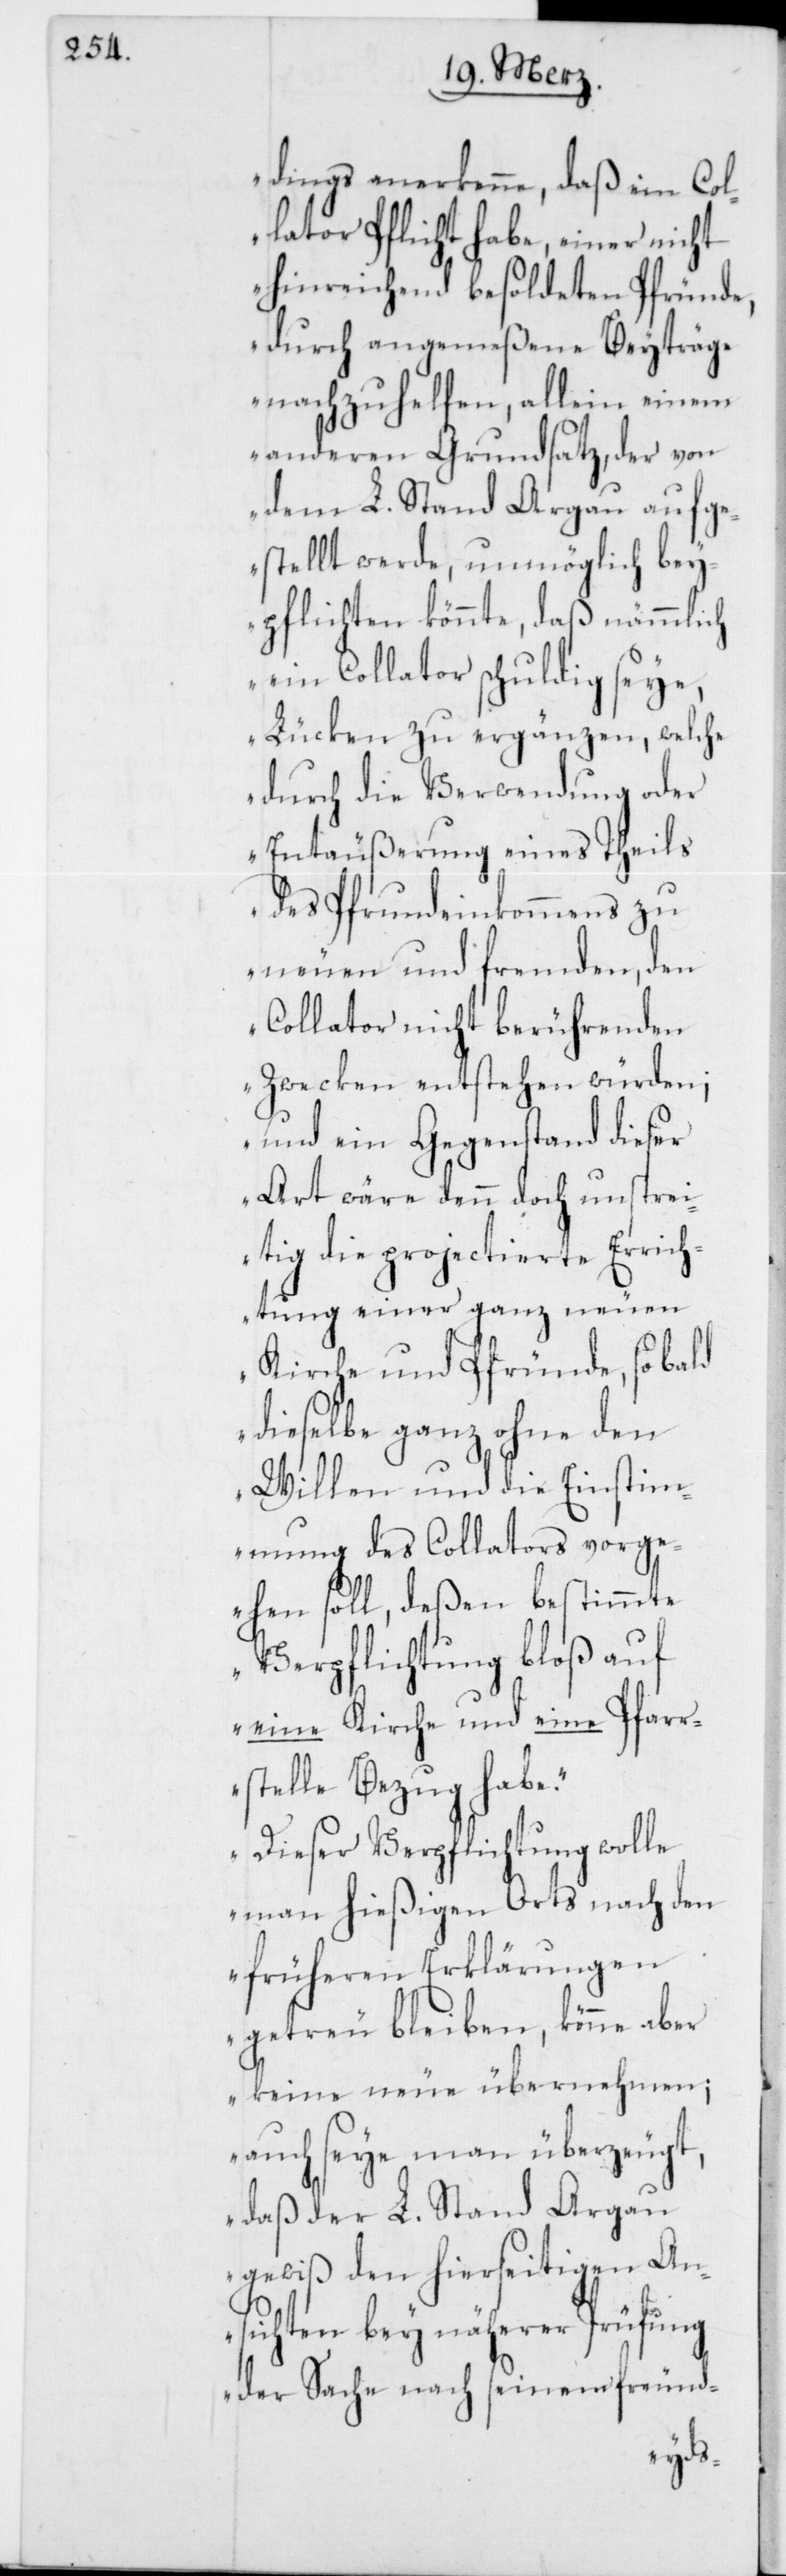
dings anerkenne, daß ein Col¬
lator Pflicht habe, einer nicht
hinreichend besoldeten Pfründe,
durch angemeßene Beyträge
nachzuhelfen, allein einem
anderen Grundsatz, der von
dem L. Stand Argau aufge¬
stellt werde, unmöglich bey¬
pflichten könnte, daß nämmlich
ein Collator schuldig seye,
Lücken zu ergänzen, welche
durch die Verwendung oder
Entäußerung eines Theils
des Pfrundeinkommens zu
neuen und fremden, den
Collator nicht berührenden
Zwecken entstehen würden;
und ein Gegenstand dieser
Art wäre denn doch unstrei¬
tig die projectierte Errich¬
tung einer ganz neuen
Kirche und Pfründe, so bald
dieselbe ganz ohne den
Willen und die Einstim¬
mung des Collators vorg¬
ehen soll, deßen bestimmte
Verpflichtung bloß auf
eine Kirche und eine Pfarr¬
stelle Bezug habe.
Dieser Verpflichtung wolle
man hießigen Orts nach den
früheren Erklärungen
getreu bleiben, könne aber
keine neue übernehmen;
auch seye man überzeugt,
daß der L. Stand Argau
gewiß den hierseitigen An¬
sichten bey näherer Prüfung
der Sache nach seinem freund-